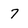
Character: 7